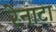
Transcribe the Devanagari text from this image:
रेनाटा